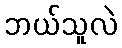
ဘယ်သူလဲ